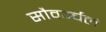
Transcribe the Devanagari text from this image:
सौवर्ञ्चलं